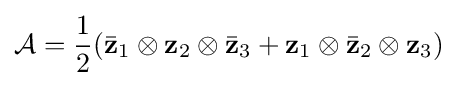
{\mathcal {A}}={\frac {1}{2}}({\bar {\mathbf {z} }}_{1}\otimes \mathbf {z} _{2}\otimes {\bar {\mathbf {z} }}_{3}+\mathbf {z} _{1}\otimes {\bar {\mathbf {z} }}_{2}\otimes \mathbf {z} _{3})